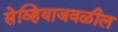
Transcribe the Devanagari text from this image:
सेव्हियाजवळील